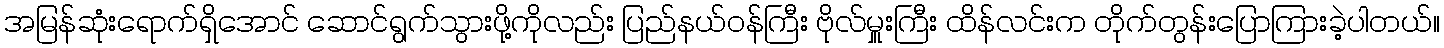
အမြန်ဆုံးရောက်ရှိအောင် ဆောင်ရွက်သွားဖို့ကိုလည်း ပြည်နယ်ဝန်ကြီး ဗိုလ်မှူးကြီး ထိန်လင်းက တိုက်တွန်းပြောကြားခဲ့ပါတယ်။